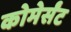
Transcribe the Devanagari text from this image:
कोमेर्संट